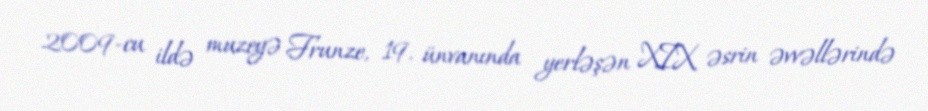
2009-cu ildə muzeyə Frunze, 19. ünvanında yerləşən XIX əsrin əvvəllərində